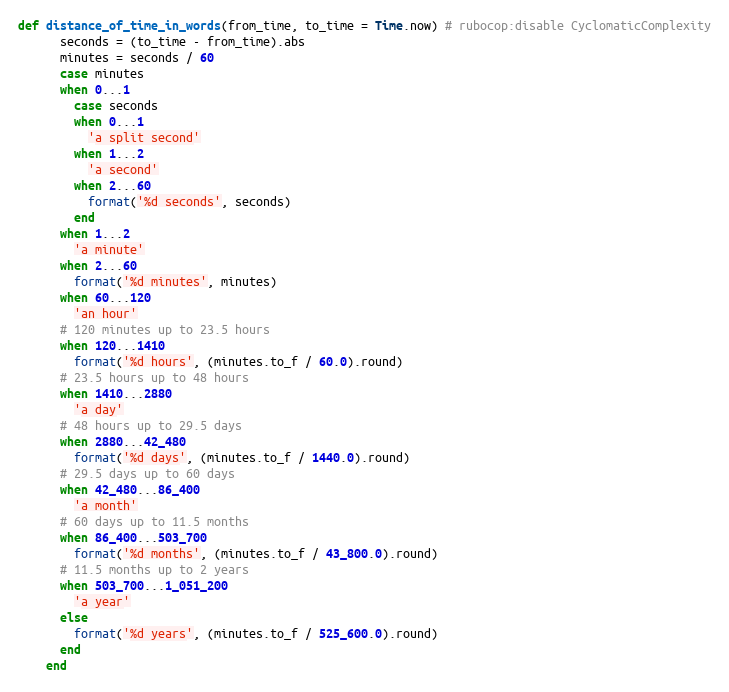
Language: Ruby
def distance_of_time_in_words(from_time, to_time = Time.now) # rubocop:disable CyclomaticComplexity
      seconds = (to_time - from_time).abs
      minutes = seconds / 60
      case minutes
      when 0...1
        case seconds
        when 0...1
          'a split second'
        when 1...2
          'a second'
        when 2...60
          format('%d seconds', seconds)
        end
      when 1...2
        'a minute'
      when 2...60
        format('%d minutes', minutes)
      when 60...120
        'an hour'
      # 120 minutes up to 23.5 hours
      when 120...1410
        format('%d hours', (minutes.to_f / 60.0).round)
      # 23.5 hours up to 48 hours
      when 1410...2880
        'a day'
      # 48 hours up to 29.5 days
      when 2880...42_480
        format('%d days', (minutes.to_f / 1440.0).round)
      # 29.5 days up to 60 days
      when 42_480...86_400
        'a month'
      # 60 days up to 11.5 months
      when 86_400...503_700
        format('%d months', (minutes.to_f / 43_800.0).round)
      # 11.5 months up to 2 years
      when 503_700...1_051_200
        'a year'
      else
        format('%d years', (minutes.to_f / 525_600.0).round)
      end
    end